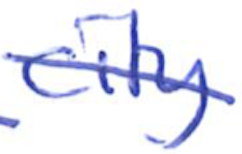
Text: city
Cross-out: diagonal
Writing tool: ballpoint